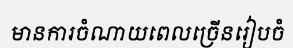
មានការចំណាយពេលច្រើនរៀបចំ